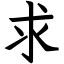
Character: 求